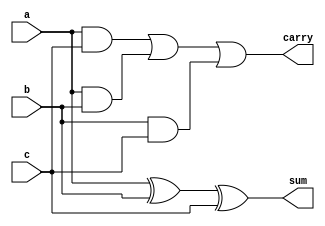
module fulladder(a,b,c,sum,carry);
input a,b,c;
output sum,carry;

wire n1,n2,n3,n4;
 xor g1(n1,a,b);
 xor g2(sum,n1,c);
  and g3(n2,a,c);
  and g4(n3,a,b);
  and g5(n4,b,c);
  or g6(carry,n2,n3,n4);
endmodule